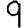
Digit: 9